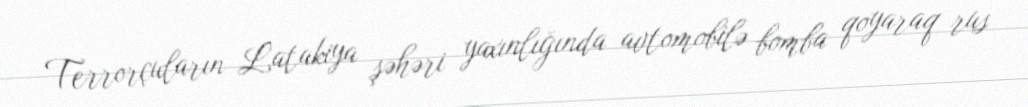
Terrorçuların Latakiya şəhəri yaxınlığında avtomobilə bomba qoyaraq rus